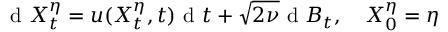
\textrm { d } X _ { t } ^ { \eta } = u ( X _ { t } ^ { \eta } , t ) \textrm { d } t + \sqrt { 2 \nu } \textrm { d } B _ { t } , \quad X _ { 0 } ^ { \eta } = \eta